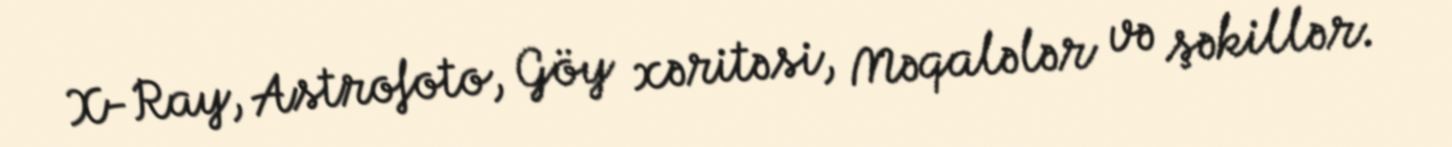
X-Ray, Astrofoto, Göy xəritəsi, Məqalələr və şəkillər.